King Institute of Preventive Medicine Micro-Biological Section reports 1909-11
Year: 1909
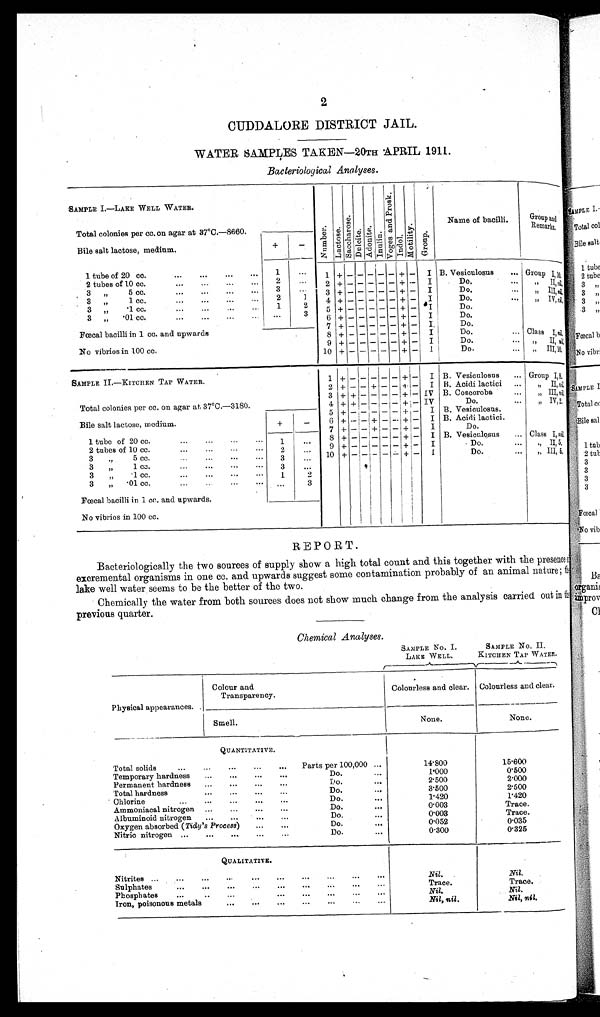
2
CUDDALORE DISTRICT JAIL.
WATER SAMPLES TAKEN—20TH APRIL 1911.
Bacteriological Analyses .
SAMPLE I.—LAKE WELL WATER.
Number.Lactose.Sacchar os e.Dnl oi t e.Adpmot e.Inulin. V o g e s a n d P r o s k . Indol.Mot i l i t y. Group.
Name of bacilli.
Group and
Remarks
.
Total colonies per cc. on agar at 37°C.—8660.
Bile salt lactose, medium.
+
−
1 tube of 20 cc.
1
1
+
− − − − −
+
−
I B. Vesiculosus
Group I,10
2 tubes of 10 cc.
2
2 + − − − − − + −
I
Do.
,, II, nil.
3 „ 5 cc.
3
3 + − − − − − + −
I
Do.
,, III, nil.
3 „ 1 cc.
2
1
4
+
− − − − −
+
−
I
Do.
„ IV, nil.
3 „ ·1 cc.
1
2
5 + − − − − − + −
I
Do.
3 „ ·01 cc.
3
6
+
− − − − −
+ −
I
Do.
7
+
− − − − −
+ −
I
Do.
Fœcal bacilli in 1 cc. and upwards
8 + − − − − − + −
I
Do.
Class I, nil.
No vibrios in 100 cc.
9 + − − − − −
+ −
I
Do.
„ II, nil.
10 + − − − − −
+
I
Do
.
„ III, 10
.
SAMPLE II.—KITCHEN TAP WATER.
1
+
−
− − − −
+
−
I B. Vesiculosus
Group 1,8.
Total colonies per cc. on agar at 37°C.-3180.
2
+
− −
+
− − + −
I B. Acidi lactici
„ II nil.
3 +
+
− − − − + −
IV B. Coscoroba
„ III, nil.
4 +
+
− − − −
+
−
IV
Do.
„ IV, 2.
Bile salt lactose, medium.
+
−
5
+
− − − − −
+
− I
B. Vesiculosus.
6
+
− −
+
− − + − I
B. Acidi lactici.
1 tube of 20 cc.
1
7 + − −
+
− −
+
−
I
Do.
8 + − − − − − + −
I B. Vesiculosus
Class I,nil.
2 tubes of 10 cc.
2
9 +
− − −
− −
+
−
I
Do.
„ II,5.
3 „ 5 cc.
3
10 + − − − − − +−
I
Do.
„ III,5.
3 „ 1 cc.
3
3 „ ·1 cc.
1
2
3 „ ·01 cc.
3
Fœcal bacilli in 1 cc. and upwards.
No vibrios in 100 cc.
REPORT.
Bacteriologicallythe two sources of supply show a high total count and this together with the presences
i n e x c r e m e n t a l o r g a n i s m s i n o n e c c . a n d u p w a r d s s u g g e s t s o m e c o n t a m i n a t i o n p r o b a b l y o f a n a n i m a l n a t u r e ; t h e
lake well water seems to be the better of the two.
Chemically the water from both sources does not show much change from the analysis carried out in the
previous quarter.
Chemical Analyses.
SAMPLE No. I.
LAKE WELL.
SAMPLE No. II.
KITCHEN TAP WATER.
Physical appearances.
Colour and
Transparency.
Colourless and clear. Colourless and clear.
Smell.
None.
None.
QUANTITATIVE.
Total solids
Parts per 100,000
14·800
15·600
Temporary hardness
Do.
1·000
0·500
Permanent hardness
Do.
2·500
2·000
Total hardness
Do.
3·500
2·500
Chlorine
Do.
1·420
1·420
Ammoniacal nitrogen
Do.
0·003
Trace.
Albuminoid nitroen
Do.
0·003
Trace.
Oxygen absorbed (Tidy's Process)
Do.
0·052
0·035
Nitric nitrogen
Do.
0·300
0·325
QUALITATIVE.
Nitrites.
Nil.
Nil.
Sulphates
Trace.
Trace.
Phosphates
Nil.
Nil.
Iron, poisonous metals
Nil, nil .
Nil, nil.